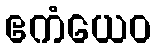
ဧကံယေဝ